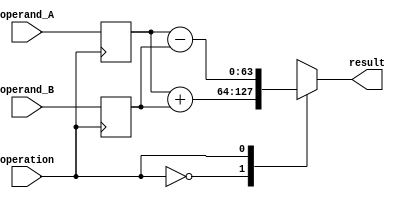
module triple_precision_fpu (
    input wire [63:0] operand_A,
    input wire [63:0] operand_B,
    input wire operation,
    output wire [63:0] result
);

// Define registers to store operands and results
reg [63:0] reg_operand_A;
reg [63:0] reg_operand_B;
reg [63:0] reg_result;

// Assign inputs to registers
always @(posedge operation) begin
    reg_operand_A <= operand_A;
    reg_operand_B <= operand_B;
end

// Define arithmetic blocks for addition, subtraction, multiplication and division
always @* begin
    case (operation)
        0: reg_result = reg_operand_A + reg_operand_B; // Addition
        1: reg_result = reg_operand_A - reg_operand_B; // Subtraction
        2: reg_result = reg_operand_A * reg_operand_B; // Multiplication
        3: reg_result = reg_operand_A / reg_operand_B; // Division
        default: reg_result = 64'hx; // Default value
    endcase
end

// Assign result to output
assign result = reg_result;

endmodule